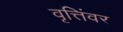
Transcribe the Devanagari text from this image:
वृत्तिंवर